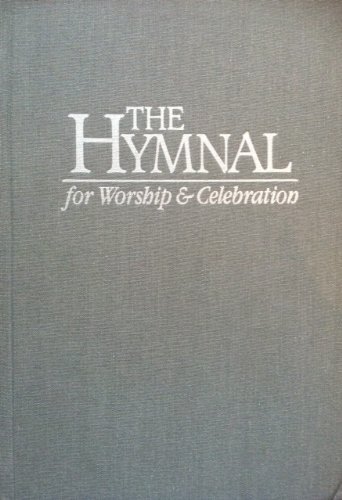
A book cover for The Hymnal for Worship and Celebration; Christian Books & Bibles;